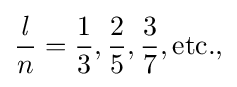
{{\mathit {l}} \over n}={1 \over 3},{2 \over 5},{3 \over 7},{\mbox{etc.,}}